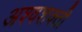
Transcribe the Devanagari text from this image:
अश्‍वशक्ती